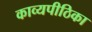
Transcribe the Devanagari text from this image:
काव्यपीठिका